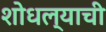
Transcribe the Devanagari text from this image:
शोधल्याची